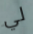
لي